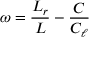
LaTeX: \omega = { \frac { L _ { r } } { L } } - { \frac { C } { C _ { \ell } } }